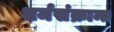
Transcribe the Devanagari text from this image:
धर्मसंक्रान्त